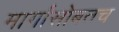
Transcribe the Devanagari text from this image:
मार्गांसोबतच